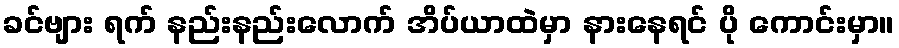
ခင်ဗျား ရက် နည်းနည်းလောက် အိပ်ယာထဲမှာ နားနေရင် ပို ကောင်းမှာ။